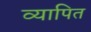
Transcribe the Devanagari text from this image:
व्यापित